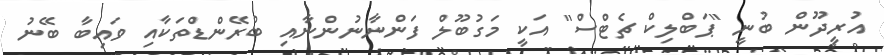
އުރީދޫން ބުނީ "ޕަބްލިކް ޗެޓްސް" އަކީ މަގުބޫލް ފަންނާނުންނާއި ބްރޭންޑްތަކާއި ވައިބާ ބޭނު